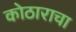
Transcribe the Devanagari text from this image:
कोठाराचा